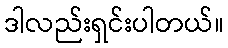
ဒါလည်းရှင်းပါတယ်။